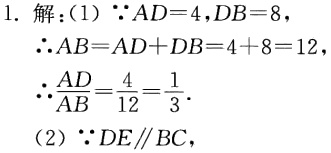
（1）甲种棵数为：